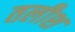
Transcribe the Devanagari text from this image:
तलीश